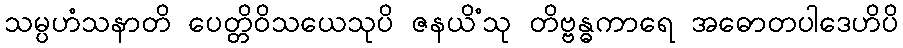
သမ္ပဟံသနာတိ ပေတ္တိဝိသယေသုပိ ဇနယိံသု တိဗ္ဗန္ဓကာရေ အဓောတပါဒေဟိပိ